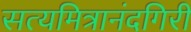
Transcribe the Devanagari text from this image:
सत्यमित्रानंदगिरी